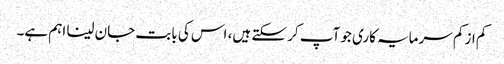
کم از کم سرمایہ کاری جو آپ کر سکتے ہیں، اس کی بابت جان لینا اہم ہے۔